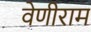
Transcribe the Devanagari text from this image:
वेणीराम